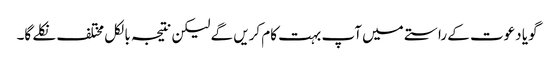
گویا دعوت کے راستے میں آپ بہت کام کریں گے لیکن نتیجہ بالکل مختلف نکلے گا۔